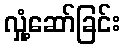
လှုံ့ဆော်ခြင်း